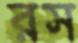
রস